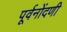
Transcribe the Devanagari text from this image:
पूर्वनोंदणी